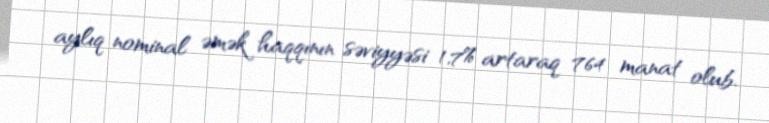
aylıq nominal əmək haqqının səviyyəsi 1,7% artaraq 764 manat olub.